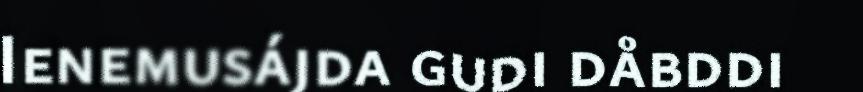
Ienemusájda gudi dåbddi